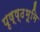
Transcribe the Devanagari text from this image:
पृष्ष्ठभूमि